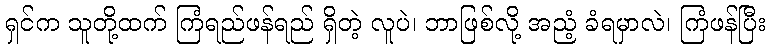
ရှင်က သူတို့ထက် ကြံရည်ဖန်ရည် ရှိတဲ့ လူပဲ၊ ဘာဖြစ်လို့ အညံ့ ခံရမှာလဲ၊ ကြံဖန်ပြီး